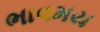
ભાવમય